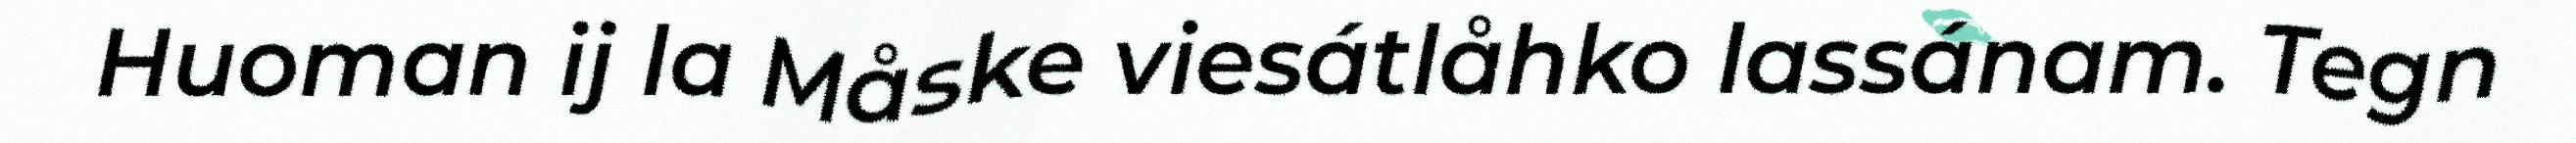
Huoman ij la Måske viesátlåhko lassánam. Tegn